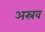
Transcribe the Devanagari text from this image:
अस्रव